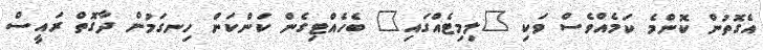
އެގޮތުން ކޮންމެ ކަމެއްވެސް ވަކި "ލިމިޓެއްގައި" ބެހެއްޓިގެން ކަންކަން ހިނގަމުން ދާގޮތް ރައީސް